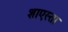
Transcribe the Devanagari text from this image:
शाएस्ता